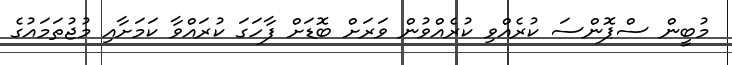
މުބީން ސްޕޮންސަ ކުރެއްވި ކުރެއްވުން ވަރަށް ބޮޑަށް ފާހަގަ ކުރައްވާ ކަމަށާއި މުޖުތަމައުގެ